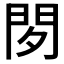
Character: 𰿚